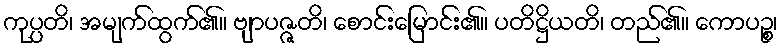
ကုပ္ပတိ၊ အမျက်ထွက်၏။ ဗျာပဇ္ဇတိ၊ စောင်းမြောင်း၏။ ပတိဋ္ဌိယတိ၊ တည်၏။ ကောပဉ္စ၊